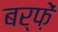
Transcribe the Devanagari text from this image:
बर्फ़ें